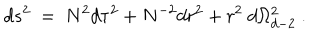
d s ^ { 2 } ~ = ~ N ^ { 2 } d \tau ^ { 2 } + N ^ { - 2 } d r ^ { 2 } + r ^ { 2 } ~ d \Omega _ { d - 2 } ^ { 2 } ~ .